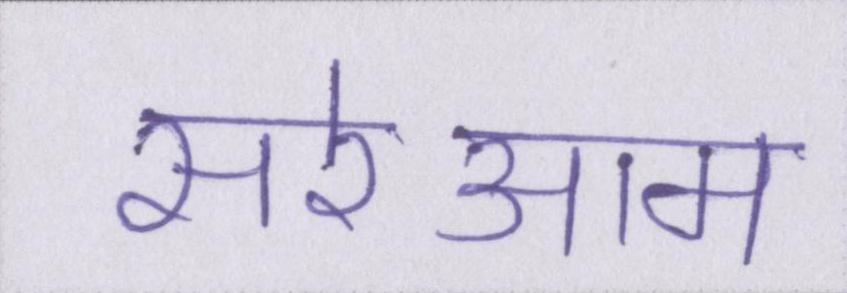
सरेआम